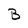
Character: B